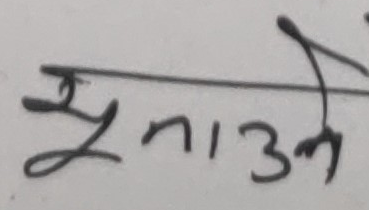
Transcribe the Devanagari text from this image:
सुनाउने